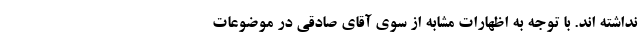
نداشته اند. با توجه به اظهارات مشابه از سوی آقای صادقی در موضوعات